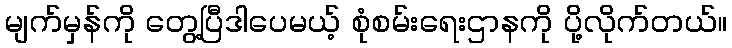
မျက်မှန်ကို တွေ့ပြီဒါပေမယ့် စုံစမ်းရေးဌာနကို ပို့လိုက်တယ်။